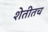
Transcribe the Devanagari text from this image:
शेतीतच